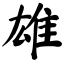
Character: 雄